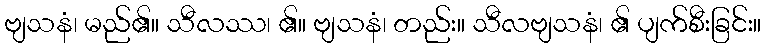
ဗျသနံ၊ မည်၏။ သီလဿ၊ ၏။ ဗျသနံ၊ တည်း။ သီလဗျသနံ၊ ၏ ပျက်စီးခြင်း။